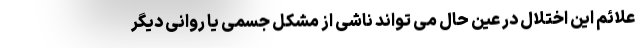
علائم این اختلال در عین حال می تواند ناشی از مشکل جسمی یا روانی دیگر